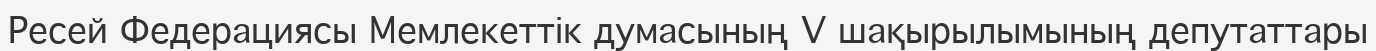
Ресей Федерациясы Мемлекеттік думасының V шақырылымының депутаттары